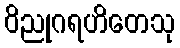
ဝိညုဂရဟိတေသု